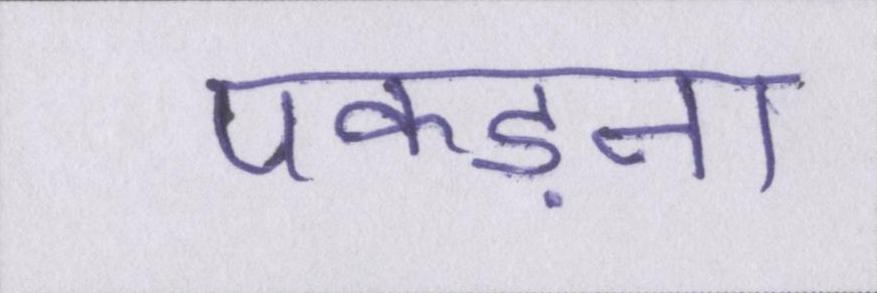
पकड़ना